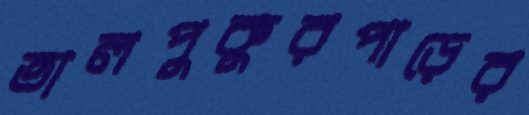
তালপুকুরপাড়ের